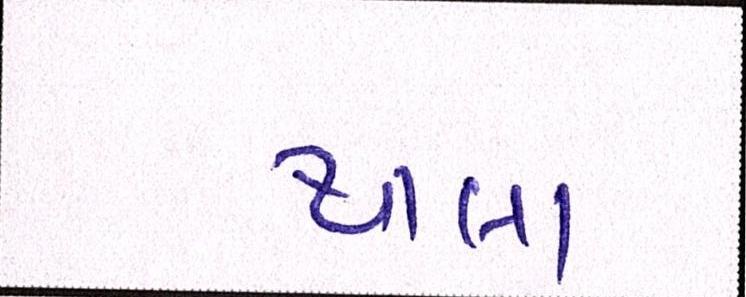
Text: થાલા